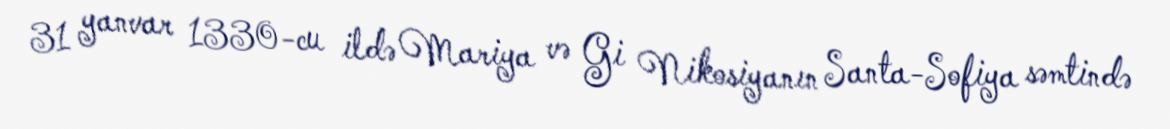
31 yanvar 1330-cu ildə Mariya və Gi Nikosiyanın Santa-Sofiya səmtində